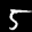
Digit: 5